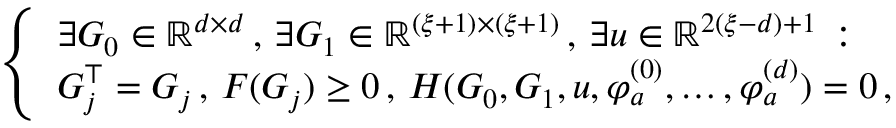
\left\{ \begin{array} { l l } { \exists G _ { 0 } \in { \mathbb R } ^ { d \times d } \, , \, \exists G _ { 1 } \in { \mathbb R } ^ { ( \xi + 1 ) \times ( \xi + 1 ) } \, , \, \exists u \in { \mathbb R } ^ { 2 ( \xi - d ) + 1 } \, : } \\ { G _ { j } ^ { \top } = G _ { j } \, , \, F ( G _ { j } ) \ge 0 \, , \, H ( G _ { 0 } , G _ { 1 } , u , \varphi _ { a } ^ { ( 0 ) } , \dots , \varphi _ { a } ^ { ( d ) } ) = 0 \, , } \end{array} \right.